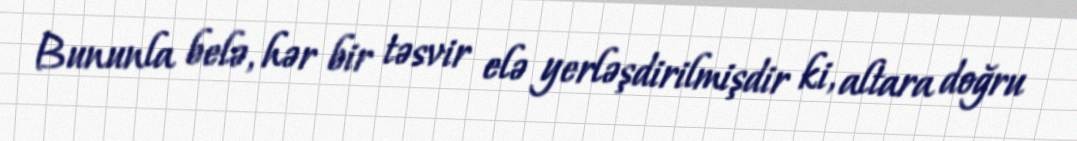
Bununla belə, hər bir təsvir elə yerləşdirilmişdir ki, altara doğru